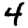
Digit: 4